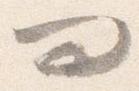
問